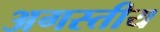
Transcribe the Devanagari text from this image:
अगस्तीय